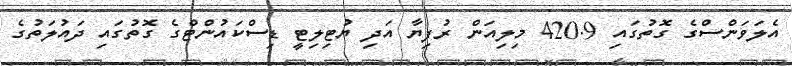
އެލަވަންސްގެ ގޮތުގައި 420.9 މިލިއަން ރުފިޔާ އަދި ޔުޓިލިޓީ ޑިސްކައުންޓްގެ ގޮތުގައި ދައުލަތުގެ